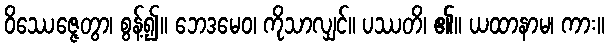
ဝိဿေဇ္ဇေတွာ၊ စွန့်၍။ ဘေဒမေဝ၊ ကိုသာလျှင်။ ပဿတိ၊ ၏။ ယထာနာမ၊ ကား။